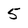
Character: 5